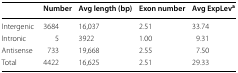
<table><thead><tr><td></td><td><b>Number</b></td><td><b>Avg length (bp)</b></td><td><b>Exon number</b></td><td><b>Avg ExpLev<sup>a</sup></b></td></tr></thead><tbody><tr><td>Intergenic</td><td>3684</td><td>16,037</td><td>2.51</td><td>33.74</td></tr><tr><td>Intronic</td><td>5</td><td>3922</td><td>1.00</td><td>9.31</td></tr><tr><td>Antisense</td><td>733</td><td>19,668</td><td>2.55</td><td>7.50</td></tr><tr><td>Total</td><td>4422</td><td>16,625</td><td>2.51</td><td>29.33</td></tr></tbody></table>